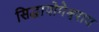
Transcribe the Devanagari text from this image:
सिद्धायोगेश्वराय